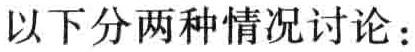
以下分两种情况讨论：